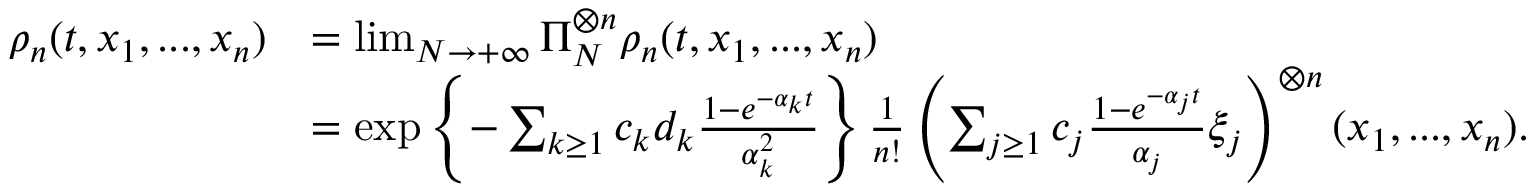
\begin{array} { r l } { \rho _ { n } ( t , x _ { 1 } , . . . , x _ { n } ) } & { = \operatorname* { l i m } _ { N \to + \infty } \Pi _ { N } ^ { \otimes n } \rho _ { n } ( t , x _ { 1 } , . . . , x _ { n } ) } \\ & { = \exp \left\{ - \sum _ { k \geq 1 } c _ { k } d _ { k } \frac { 1 - e ^ { - \alpha _ { k } t } } { \alpha _ { k } ^ { 2 } } \right\} \frac { 1 } { n ! } \left( \sum _ { j \geq 1 } c _ { j } \frac { 1 - e ^ { - \alpha _ { j } t } } { \alpha _ { j } } \xi _ { j } \right) ^ { \otimes n } ( x _ { 1 } , . . . , x _ { n } ) . } \end{array}